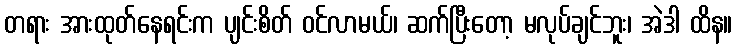
တရား အားထုတ်နေရင်းက ပျင်းစိတ် ဝင်လာမယ်၊ ဆက်ပြီးတော့ မလုပ်ချင်ဘူး၊ အဲဒါ ထိန။